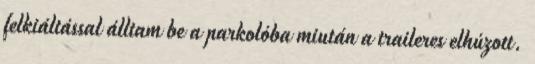
felkiáltással álltam be a parkolóba miután a traileres elhúzott.